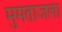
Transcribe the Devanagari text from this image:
मुमताजला